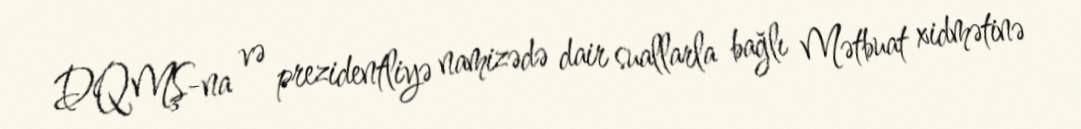
DQMŞ-na və prezidentliyə namizədə dair suallarla bağlı Mətbuat xidmətinə